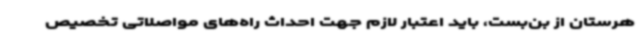
هرستان از بن‌بست، باید اعتبار لازم جهت احداث راه‌های مواصلاتی تخصیص